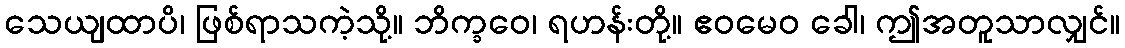
သေယျထာပိ၊ ဖြစ်ရာသကဲ့သို့။ ဘိက္ခဝေ၊ ရဟန်းတို့။ ဧဝမေဝ ခေါ၊ ဤအတူသာလျှင်။